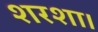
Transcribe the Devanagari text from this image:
शरशा।